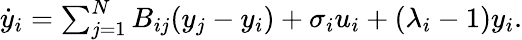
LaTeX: \begin{array}{r}{\dot{y}_{i}=\sum_{j=1}^{N}B_{ij}(y_{j}-y_{i})+\sigma_{i}u_{i}+(\lambda_{i}-1)y_{i}.}\end{array}